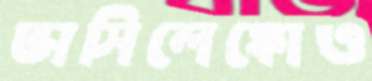
ভাসিলেঙ্কোও